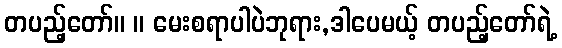
တပည့်တော်။ ။ မေးစရာပါပဲဘုရား,ဒါပေမယ့် တပည့်တော်ရဲ့